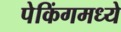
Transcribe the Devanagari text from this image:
पेकिंगमध्ये